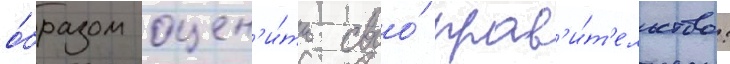
о́бразом оцен'и́ть своо́ прав'и́т'ельство: